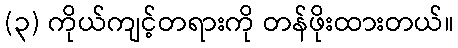
(၃) ကိုယ်ကျင့်တရားကို တန်ဖိုးထားတယ်။